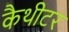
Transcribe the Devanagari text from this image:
कैथीटर